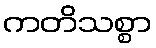
ကတိသစ္စာ